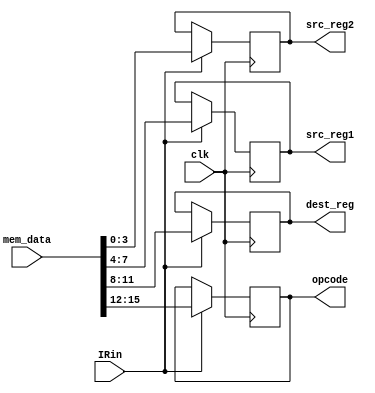
module Lab5_IR(input [15:0] mem_data,
                input clk,
		        input IRin, //load enable
                output reg [3:0] opcode,
                output reg [3:0] dest_reg,
                output reg [3:0] src_reg1,
                output reg [3:0] src_reg2);
                
	initial begin
	   opcode   <= 0; 
	   dest_reg <= 0;
	   src_reg1 <= 0;
	   src_reg2 <= 0;
	end
	
	always@(posedge clk)
    begin
        if(IRin)
        begin
            src_reg2 <= mem_data[3:0];
            src_reg1 <= mem_data[7:4];
            dest_reg <= mem_data[11:8];
            opcode <= mem_data[15:12];
        end
    end
endmodule